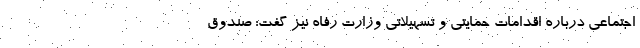
اجتماعی درباره اقدامات حمایتی و تسهیلاتی وزارت رفاه نیز گفت: صندوق